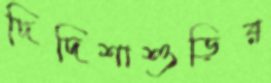
দিদিশাশুড়ির